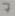
Text: 7